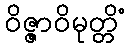
ဝိဇ္ဇာဝိမုတ္တိံ